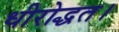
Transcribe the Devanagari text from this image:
धीरोद्धत।